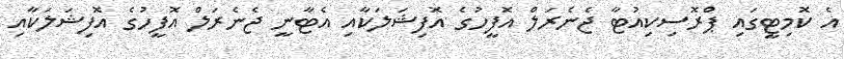
އެ ކޮމިޓީގައި ޕްރޮސިކިއުޓާ ޖެނެރަލް އޮފީހުގެ އޮފިޝަލަކާއި އެޓާނީ ޖެނެރަލް އޮފީހުގެ އޮފިޝަލަކާއި